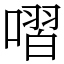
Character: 㗩